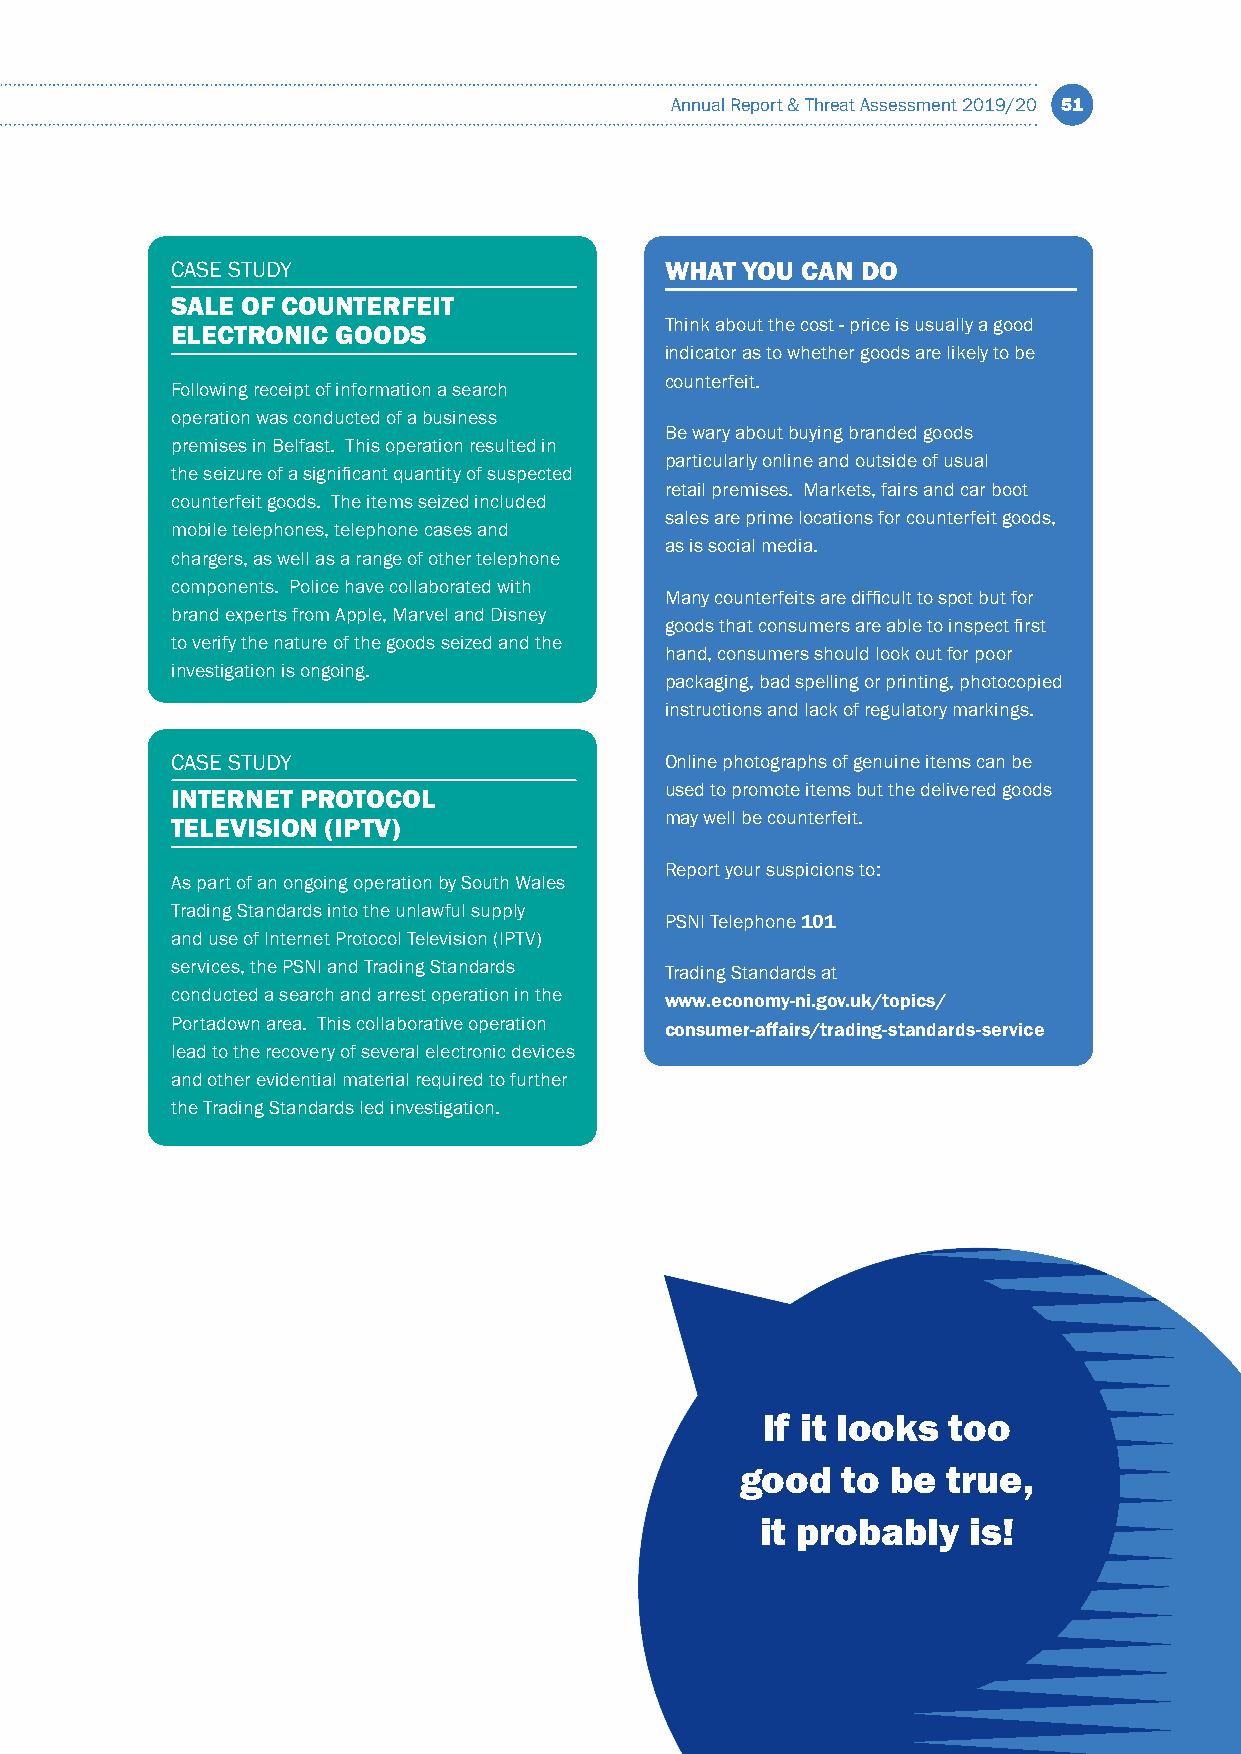
Annual Report & Threat Assessment 2019/20 51
 CASE STUDY                       WHAT YOU CAN DO
 SALE OF COUNTERFEIT
 Think about the cost - price is usually a good
 ELECTRONIC GOODS
 indicator as to whether goods are likely to be
 counterfeit.
 Following receipt of information a search
 operation was conducted of a business
 Be wary about buying branded goods
 premises in Belfast. This operation resulted in
 particularly online and outside of usual
 the seizure of a significant quantity of suspected
 retail premises. Markets, fairs and car boot
 counterfeit goods. The items seized included
 sales are prime locations for counterfeit goods,
 mobile telephones, telephone cases and
 as is social media.
 chargers, as well as a range of other telephone
 components. Police have collaborated with
 Many counterfeits are difficult to spot but for
 brand experts from Apple, Marvel and Disney
 goods that consumers are able to inspect first
 to verify the nature of the goods seized and the
 hand, consumers should look out for poor
 investigation is ongoing.
 packaging, bad spelling or printing, photocopied
 instructions and lack of regulatory markings.
 CASE STUDY                       Online photographs of genuine items can be
 used to promote items but the delivered goods
 INTERNET PROTOCOL
 may well be counterfeit.
 TELEVISION (IPTV)
 Report your suspicions to:
 As part of an ongoing operation by South Wales
 Trading Standards into the unlawful supply
 PSNI Telephone 101
 and use of Internet Protocol Television (IPTV)
 services, the PSNI and Trading Standards Trading Standards at
 conducted a search and arrest operation in the www.economy-ni.gov.uk/topics/
 Portadown area. This collaborative operation consumer-affairs/trading-standards-service
 lead to the recovery of several electronic devices
 and other evidential material required to further
 the Trading Standards led investigation.
 If it looks  too
 good   to be  true,
 it probably   is!